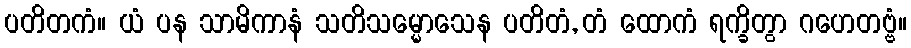
ပတိတကံ။ ယံ ပန သာမိကာနံ သတိသမ္မောသေန ပတိတံ, တံ ထောကံ ရက္ခိတွာ ဂဟေတဗ္ဗံ။